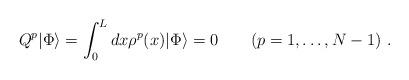
LaTeX: \begin{align*}Q^{p} |\Phi \rangle = \int_{0}^{L} dx \rho^{p}(x) |\Phi \rangle = 0\quad \quad(p=1, \ldots ,N-1) \ .\end{align*}